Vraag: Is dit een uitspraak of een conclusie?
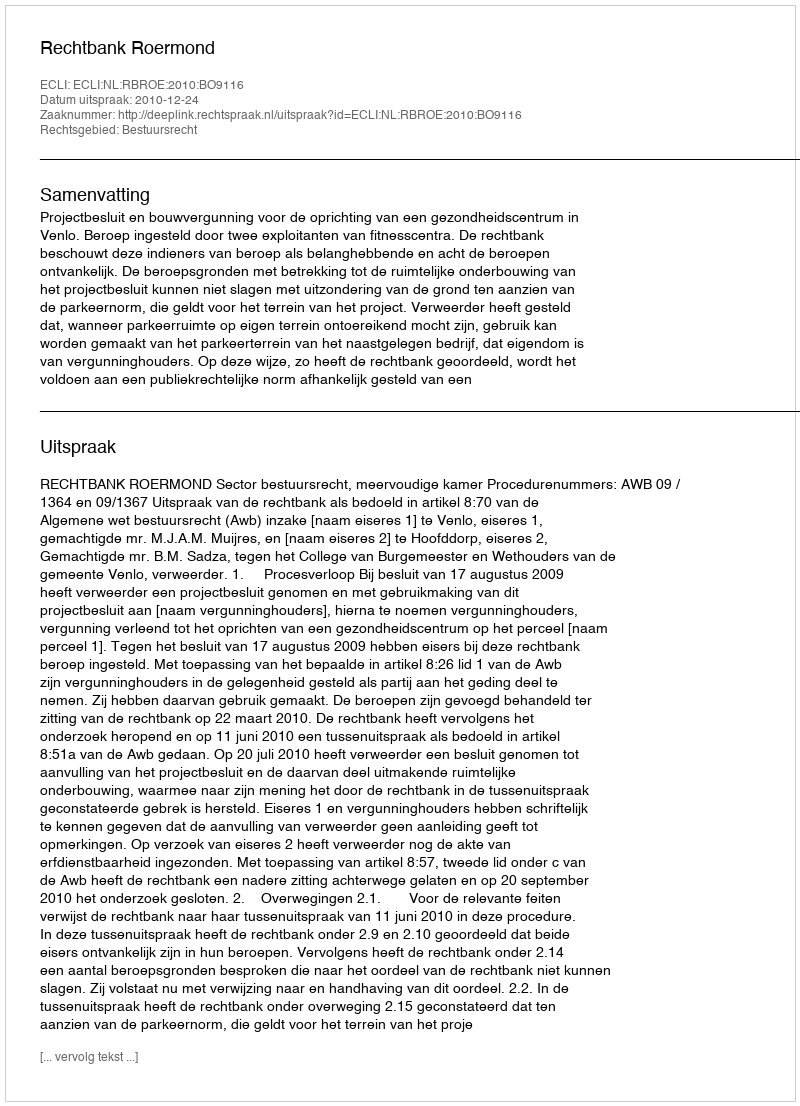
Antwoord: Uitspraak